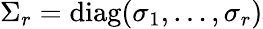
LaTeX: \Sigma_{r}=\mathrm{diag}{(\sigma_{1},\dots,\sigma_{r})}